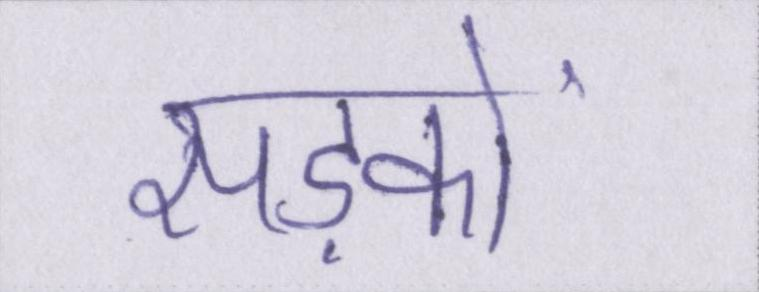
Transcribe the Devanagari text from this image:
सड़कों